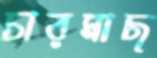
চারমাছ